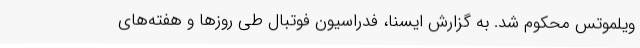
ویلموتس محکوم شد. به گزارش ایسنا، فدراسیون فوتبال طی روزها و هفته‌های